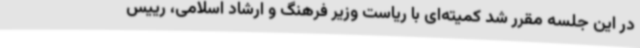
در این جلسه مقرر شد کمیته‌ای با ریاست وزیر فرهنگ و ارشاد اسلامی، رییس